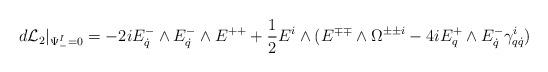
LaTeX: \begin{align*}d{\cal L}_2 \vert_{\Psi_-^I=0}= -2 i E^-_{\dot{q}} \wedge E^-_{\dot{q}} \wedge E^{++} +{1 \over 2} E^i \wedge ( E^{\mp\mp} \wedge \Omega^{\pm\pm i} - 4i E^+_q \wedge E^-_{\dot{q}}\gamma^i_{q\dot{q}})\end{align*}